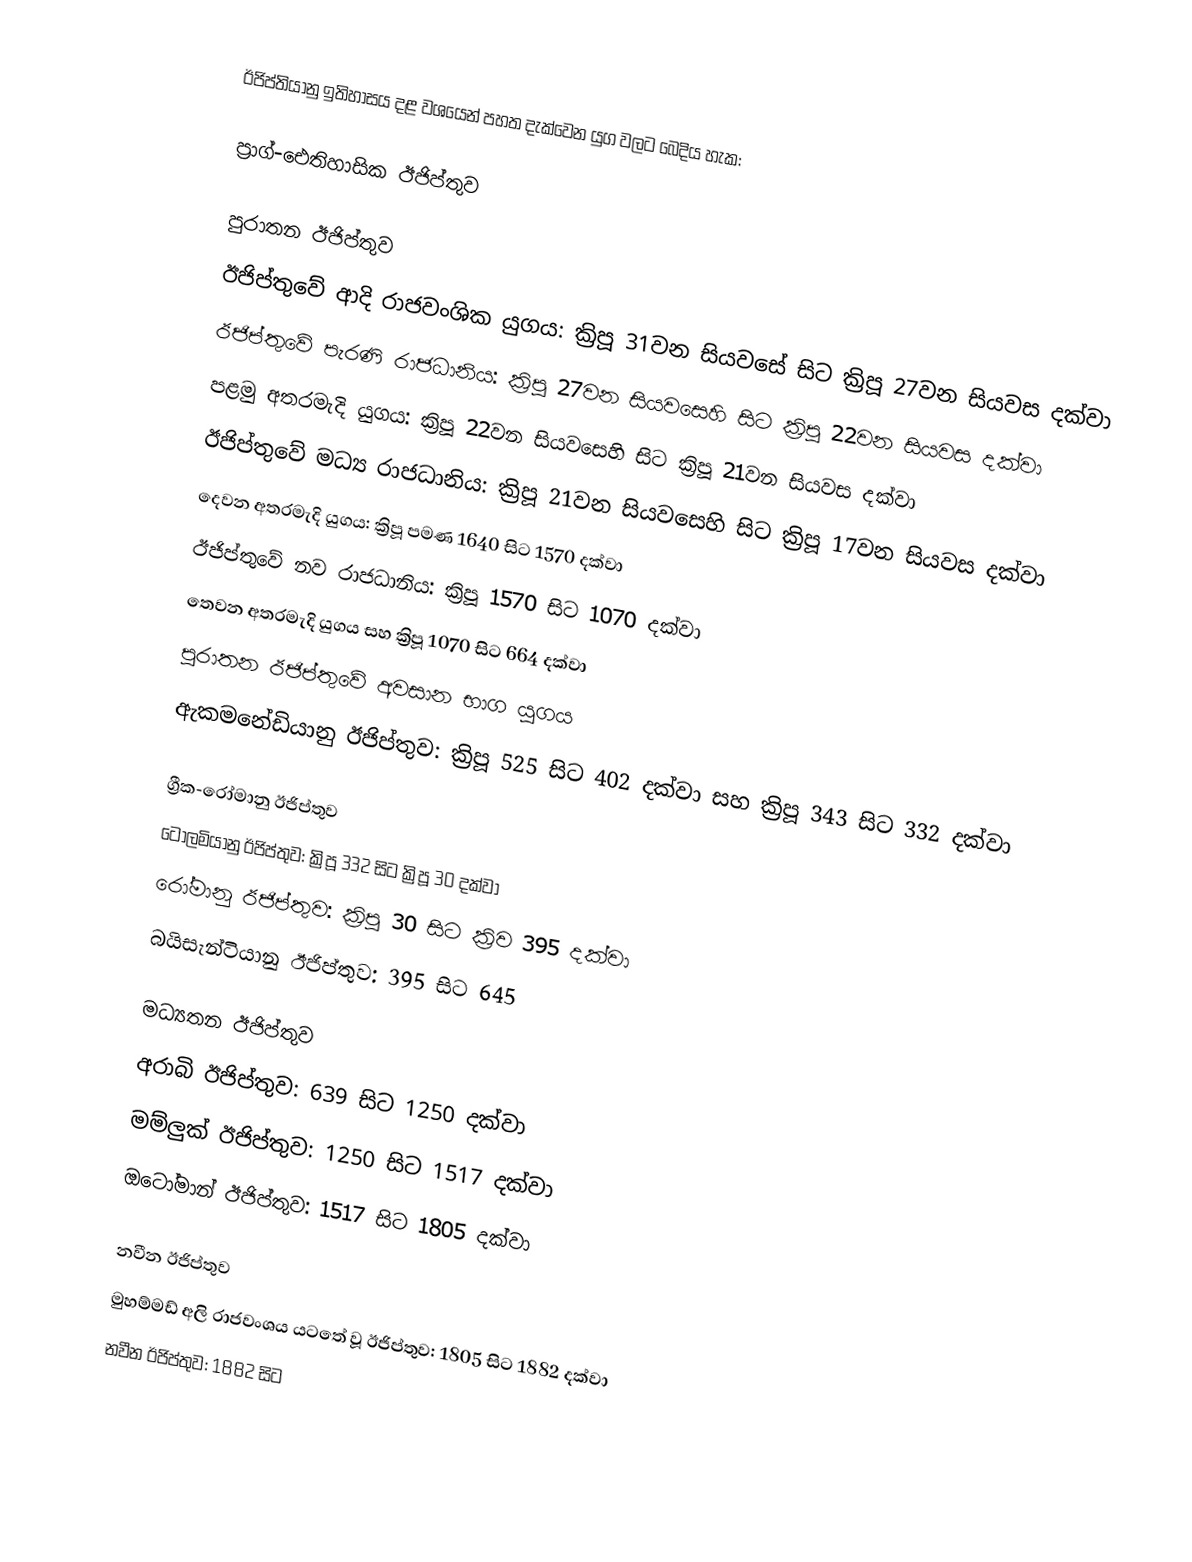
ඊජිප්තියානු ඉතිහාසය දළ වශයෙන් පහත දැක්වෙන යුග වලට බෙදිය හැක:

ප්‍රාග්-ඓතිහාසික ඊජිප්තුව

පුරාතන ඊජිප්තුව
ඊජිප්තුවේ ආදි රාජවංශික යුගය: ක්‍රිපූ 31වන සියවසේ සිට ක්‍රිපූ 27වන සියවස දක්වා
ඊජිප්තුවේ පැරණි රාජධානිය: ක්‍රිපූ 27වන සියවසෙහි සිට ක්‍රිපූ 22වන සියවස දක්වා
පළමු අතරමැදි යුගය: ක්‍රිපූ 22වන සියවසෙහි සිට ක්‍රිපූ 21වන සියවස දක්වා
ඊජිප්තුවේ මධ්‍ය රාජධානිය: ක්‍රිපූ 21වන සියවසෙහි සිට ක්‍රිපූ 17වන සියවස දක්වා
දෙවන අතරමැදි යුගය: ක්‍රිපූ  පමණ 1640 සිට 1570 දක්වා
ඊජිප්තුවේ නව රාජධානිය: ක්‍රිපූ 1570 සිට 1070 දක්වා
තෙවන අතරමැදි යුගය සහ   ක්‍රිපූ 1070 සිට 664 දක්වා
පුරාතන ඊජිප්තුවේ අවසාන භාග යුගය
 ඇකමනේඩියානු ඊජිප්තුව: ක්‍රිපූ 525 සිට  402 දක්වා සහ ක්‍රිපූ  343 සිට 332 දක්වා

ග්‍රීක-රෝමානු ඊජිප්තුව
 ටොලමියානු ඊජිප්තුව: ක්‍රිපූ 332 සිට ක්‍රිපූ 30 දක්වා
 රෝමානු ඊජිප්තුව: ක්‍රිපූ 30 සිට ක්‍රිව 395 දක්වා
බයිසැන්ටියානු ඊජිප්තුව: 395 සිට 645

මධ්‍යතන ඊජිප්තුව
අරාබි ඊජිප්තුව: 639 සිට 1250 දක්වා
 මම්ලුක් ඊජිප්තුව: 1250 සිට 1517 දක්වා
 ඔටෝමාන් ඊජිප්තුව: 1517 සිට 1805 දක්වා

නවීන ඊජිප්තුව
 මුහම්මඩ් අලි රාජවංශය යටතේ වූ ඊජිප්තුව: 1805 සිට  1882 දක්වා
 නවීන ඊජිප්තුව: 1882 සිට